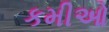
કમીઓ